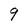
Character: 9